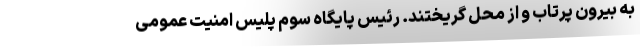
به بیرون پرتاب و از محل گریختند. رئیس پایگاه سوم پلیس امنیت عمومی